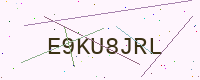
Text: E9KU8JRL